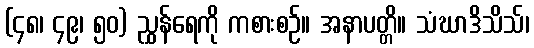
(၄၈၊ ၄၉၊ ၅၀) ညွှန်ရေကို ကစားစဉ်။ အနာပတ္တိ။ သံဃာဒိသိသ်၊